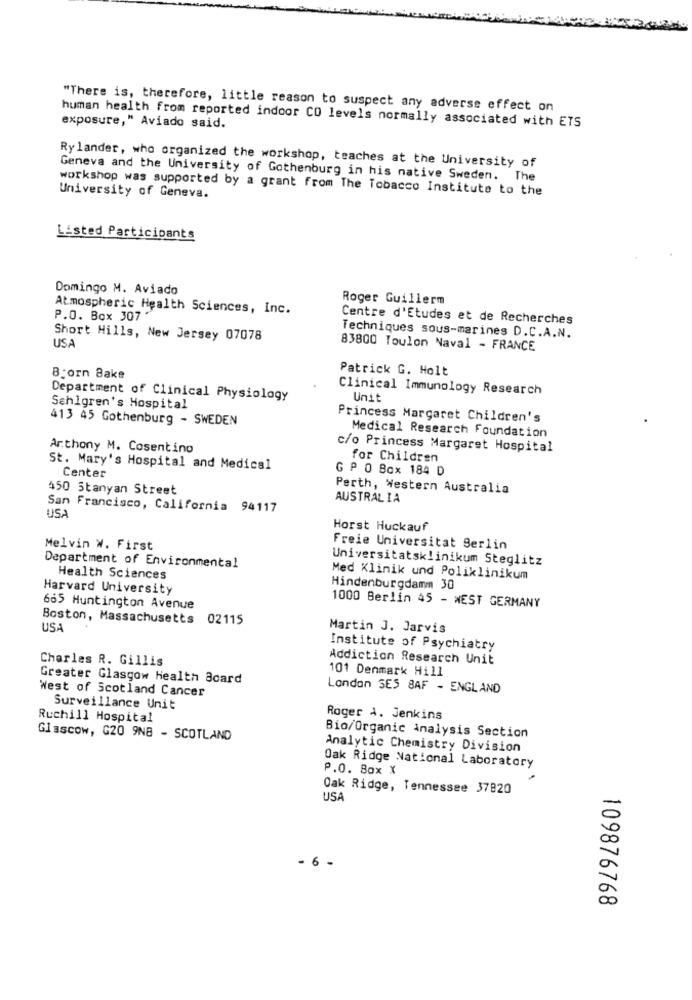
"There is, therefore, little reason to suspect any adverse effect on
exposure," Aviado said.
human health from reported indoor CO levels normally associated with ETS
Ry lander, who organized the workshop, teaches at the University of
Geneva and the University of Gothenburg in his native Sweden. The
workshop was supported by a grant from The Tobacco Institute to the
University of Geneva.
Listed Participants
Domingo M. Aviado
Roger Guillerm
Atmospheric Health Sciences, Inc.
P.O. Box 307
Centre d'Etudes et de Recherches
Short Hills, New Jersey 07078
Techniques sous-marines D.C.A.N.
USA
83800 Toulon Naval - FRANCE
Patrick G. Holt
8:orn Bake
Clinical Immunology Research
Department of Clinical Physiology
Unit
Sahlgren's Hospital
413 45 Gothenburg - SWEDEN
Princess Margaret Children's
Medical Research Foundation
Anthony M. Cosentino
c/o Princess Margaret Hospital
for Children
St. Mary's Hospital and Medical
G P O Box 184 D
Center
450 Stanyan Street
Perth, Western Australia
AUSTRALIA
San Francisco, California 94117
USA
Horst Huckauf
Melvin W. First
Freie Universitat Berlin
Universitatsklinikum Steglitz
Department of Environmental
Health Sciences
Med Klinik und Poliklinikum
Harvard University
Hindenburgdamm 30
1000 Berlin 45 - WEST GERMANY
665 Huntington Avenue
Boston, Massachusetts 02115
USA
Martin J. Jarvis
Institute of Psychiatry
Charles R. Gillis
Addiction Research Unit
101 Denmark Hill
Greater Glasgow Health Board
West of Scotland Cancer
London SES 8AF - ENGLAND
Surveillance Unit
Ruchill Hospital
Roger A. Jenkins
Glascow, G20 9NB - SCOTLAND
Bio/Organic Analysis Section
Analytic Chemistry Division
P.O. Box X
Oak Ridge National Laboratory
Oak Ridge, Tennessee 37820
USA
- 6 -
109876768